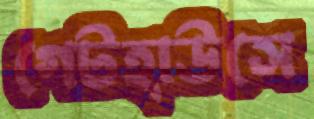
গেটহাউসে